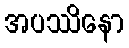
အပဿိနော